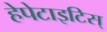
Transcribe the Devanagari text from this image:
हेपेटाइटिस्